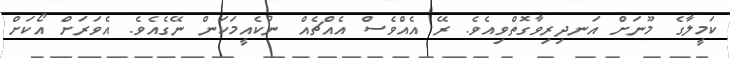
ކަމީލާގެ މޫނަށް އަނދިރިވާގޮތްވިއެވެ. ރޭ އެއްވެސް އެއްޗެއް ނުކެއީމަކަން ނޭގެއެވެ. އެވަރަށް އޯކަށް